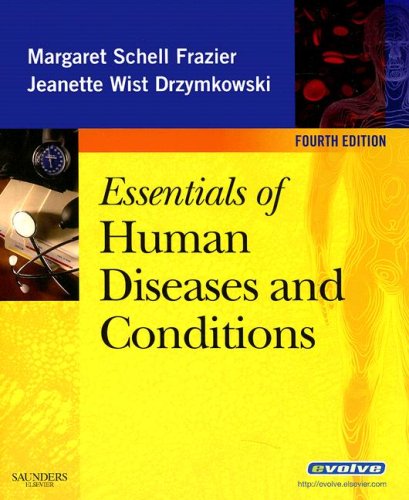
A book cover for Essentials of Human Diseases and Conditions, 4e (Essentials of Human Diseases & Conditions); Margaret Schell Frazier RN  CMA  BS; Medical Books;